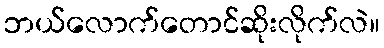
ဘယ်လောက်တောင်ဆိုးလိုက်လဲ။